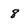
Character: 8